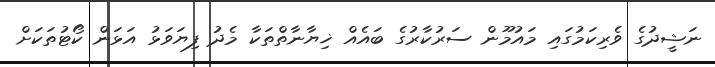
ނަޝީދުގެ ވެރިކަމުގައި މައުމޫން ސަރުކާރުގެ ބައެއް ޚިޔާނާތްތަކާ މެދު ފިޔަވަޅު އަޅަން ކޯޓުތަކަށް